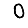
Digit: 0